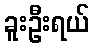
ခူးဦးရယ်